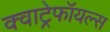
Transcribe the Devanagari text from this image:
क्वाट्रेफॉयल्स